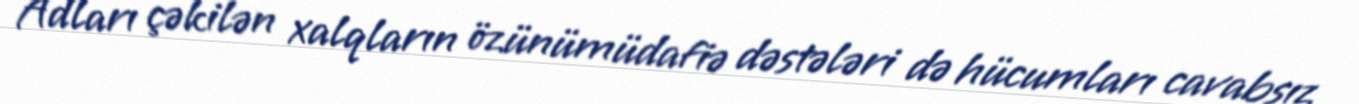
Adları çəkilən xalqların özünümüdafiə dəstələri də hücumları cavabsız